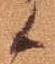
候